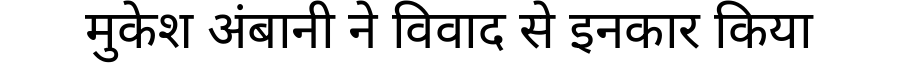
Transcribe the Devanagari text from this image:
मुकेश अंबानी ने विवाद से इनकार किया